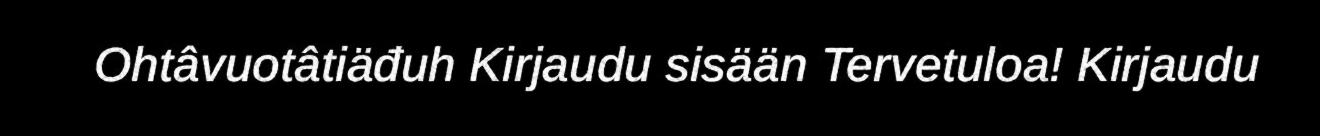
Ohtâvuotâtiäđuh Kirjaudu sisään Tervetuloa! Kirjaudu